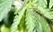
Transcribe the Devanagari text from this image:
स्कैगवे